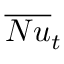
\overline { { N u } } _ { t }